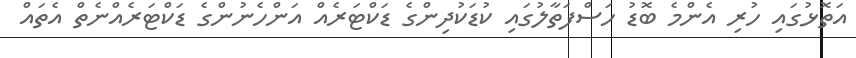
އަތޮޅުގައި ހުރި އެންމެ ބޮޑު ހަސްފަތާލުގައި ކުޑަކުދިންގެ ޑަކްޓަރެއް އަންހެނުންގެ ޑަކްޓަރެއްނެތް އެތައް